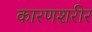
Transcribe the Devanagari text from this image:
कारणशरीर